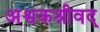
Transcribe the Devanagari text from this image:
अश्वकश्रीवद्‌